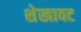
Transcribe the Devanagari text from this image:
शेखावट